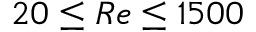
2 0 \leq R e \leq 1 5 0 0